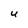
Character: U